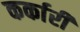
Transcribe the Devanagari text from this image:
कर्कारी